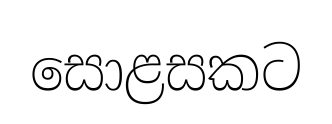
සොළසකට